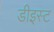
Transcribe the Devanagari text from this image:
डीइस्ट